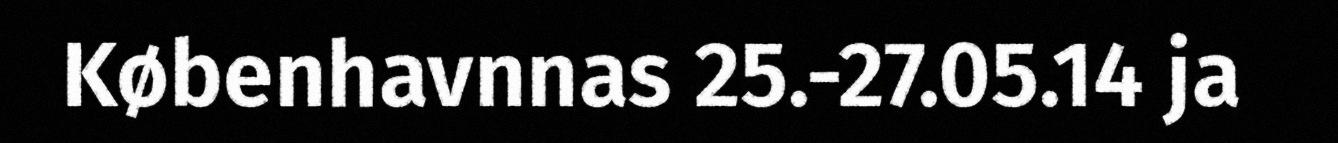
Københavnnas 25.-27.05.14 ja